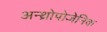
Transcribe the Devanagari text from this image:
अन्थ्रोपोजेनिक